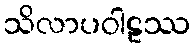
သိလာပဝါဠဿ